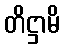
တိဋ္ဌာမိ